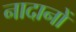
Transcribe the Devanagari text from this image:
नादानों